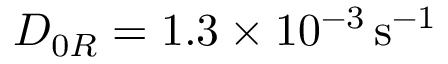
D _ { 0 R } = 1 . 3 \times 1 0 ^ { - 3 } \, { \mathrm { s } } ^ { - 1 }